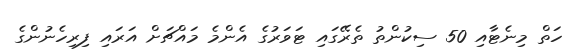
ހަތް މިނެޓާއި 50 ސިކުންތު ތެރޭގައި ޓަވަރުގެ އެންމެ މައްޗަށް އަރައި ފިރިހެނުންގެ